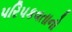
પરિપકવતાનો